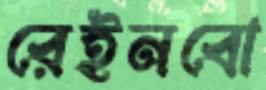
রেইনবো